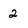
Character: 2